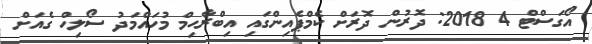
އޯގަސްޓް 4 2018: ދޮރުން ދޮރަށް ކެމްޕެއިންގައި އިބްރާޙިމް މުހައްމަދު ސޯލިހް ގެއަށް